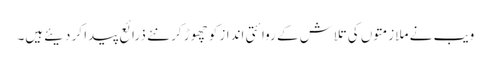
ویب نے ملازمتوں کی تلاش کے روائتی انداز کو چھوڑ کر نئے ذرائع پیدا کر دیئےہیں۔